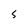
Character: S